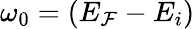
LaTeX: \omega_{0}=(E_{\mathcal{F}}-E_{i})